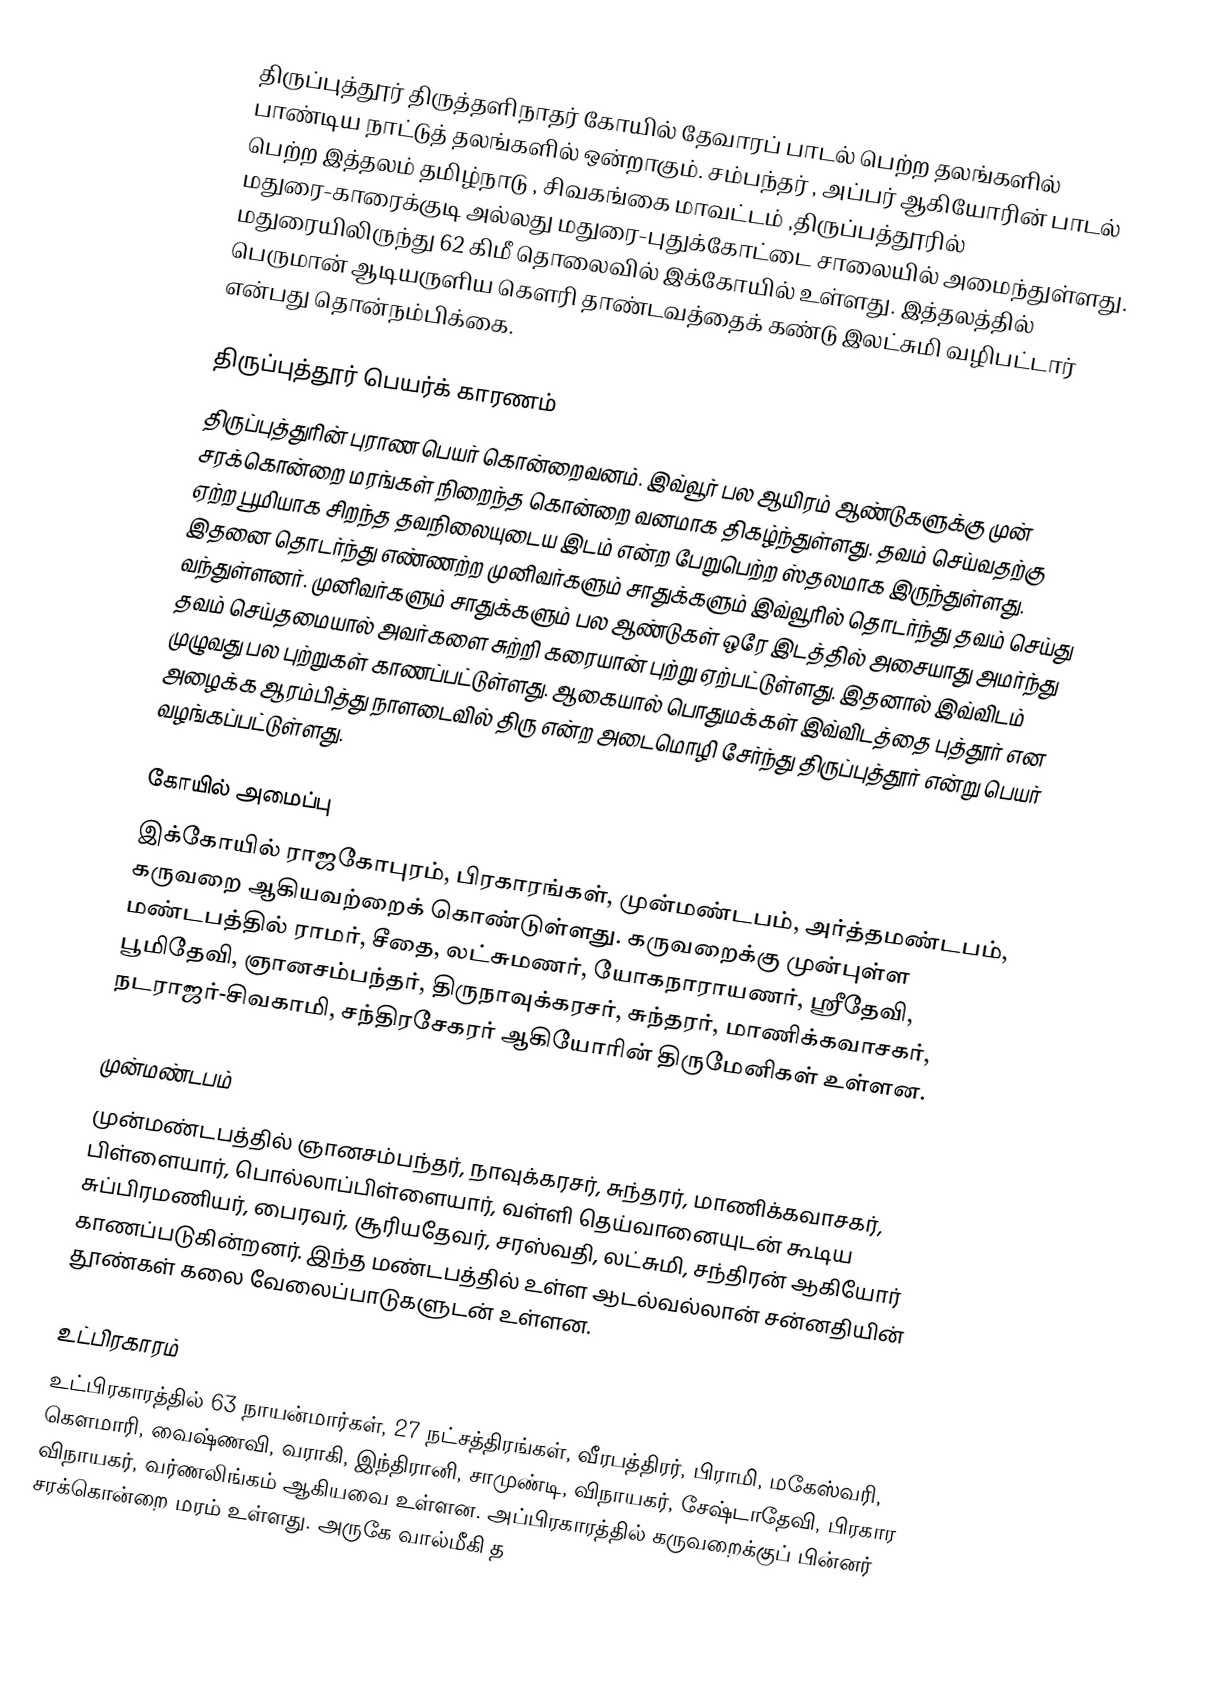
திருப்புத்தூர் திருத்தளிநாதர் கோயில் தேவாரப் பாடல் பெற்ற தலங்களில்  பாண்டிய நாட்டுத் தலங்களில் ஒன்றாகும். சம்பந்தர் , அப்பர் ஆகியோரின் பாடல் பெற்ற இத்தலம் தமிழ்நாடு , சிவகங்கை மாவட்டம் ,திருப்பத்தூரில் மதுரை-காரைக்குடி அல்லது மதுரை-புதுக்கோட்டை சாலையில் அமைந்துள்ளது. மதுரையிலிருந்து 62 கிமீ தொலைவில் இக்கோயில் உள்ளது. இத்தலத்தில் பெருமான் ஆடியருளிய கௌரி தாண்டவத்தைக் கண்டு இலட்சுமி வழிபட்டார் என்பது தொன்நம்பிக்கை.

திருப்புத்தூர் பெயர்க் காரணம்
திருப்புத்துரின் புராண பெயர் கொன்றைவனம். இவ்வூர் பல ஆயிரம் ஆண்டுகளுக்கு முன்  சரக்கொன்றை மரங்கள் நிறைந்த கொன்றை வனமாக திகழ்ந்துள்ளது. தவம் செய்வதற்கு ஏற்ற பூமியாக சிறந்த தவநிலையுடைய  இடம் என்ற பேறுபெற்ற ஸ்தலமாக இருந்துள்ளது. இதனை தொடர்ந்து எண்ணற்ற முனிவர்களும் சாதுக்களும் இவ்வூரில் தொடர்ந்து தவம் செய்து வந்துள்ளனர். முனிவர்களும் சாதுக்களும் பல ஆண்டுகள் ஒரே இடத்தில் அசையாது அமர்ந்து தவம் செய்தமையால் அவர்களை சுற்றி கரையான் புற்று ஏற்பட்டுள்ளது. இதனால் இவ்விடம் முழுவது பல புற்றுகள் காணப்பட்டுள்ளது. ஆகையால் பொதுமக்கள் இவ்விடத்தை புத்தூர் என அழைக்க ஆரம்பித்து  நாளடைவில் திரு என்ற அடைமொழி சேர்ந்து திருப்புத்தூர் என்று  பெயர் வழங்கப்பட்டுள்ளது.

கோயில் அமைப்பு
இக்கோயில் ராஜகோபுரம், பிரகாரங்கள், முன்மண்டபம், அர்த்தமண்டபம், கருவறை ஆகியவற்றைக் கொண்டுள்ளது. கருவறைக்கு முன்புள்ள மண்டபத்தில் ராமர், சீதை, லட்சுமணர், யோகநாராயணர், ஸ்ரீதேவி, பூமிதேவி, ஞானசம்பந்தர், திருநாவுக்கரசர், சுந்தரர், மாணிக்கவாசகர், நடராஜர்-சிவகாமி, சந்திரசேகரர் ஆகியோரின் திருமேனிகள் உள்ளன.

முன்மண்டபம்
முன்மண்டபத்தில் ஞானசம்பந்தர், நாவுக்கரசர், சுந்தரர், மாணிக்கவாசகர், பிள்ளையார், பொல்லாப்பிள்ளையார், வள்ளி தெய்வானையுடன் கூடிய சுப்பிரமணியர், பைரவர், சூரியதேவர், சரஸ்வதி, லட்சுமி, சந்திரன் ஆகியோர் காணப்படுகின்றனர். இந்த மண்டபத்தில் உள்ள ஆடல்வல்லான் சன்னதியின் தூண்கள் கலை வேலைப்பாடுகளுடன் உள்ளன.

உட்பிரகாரம்
உட்பிரகாரத்தில் 63 நாயன்மார்கள், 27 நட்சத்திரங்கள், வீரபத்திரர், பிராமி, மகேஸ்வரி, கௌமாரி, வைஷ்ணவி, வராகி, இந்திரானி, சாமுண்டி, விநாயகர், சேஷ்டாதேவி, பிரகார விநாயகர், வர்ணலிங்கம் ஆகியவை உள்ளன. அப்பிரகாரத்தில் கருவறைக்குப் பின்னர் சரக்கொன்றை மரம் உள்ளது. அருகே வால்மீகி த